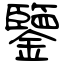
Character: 鑒